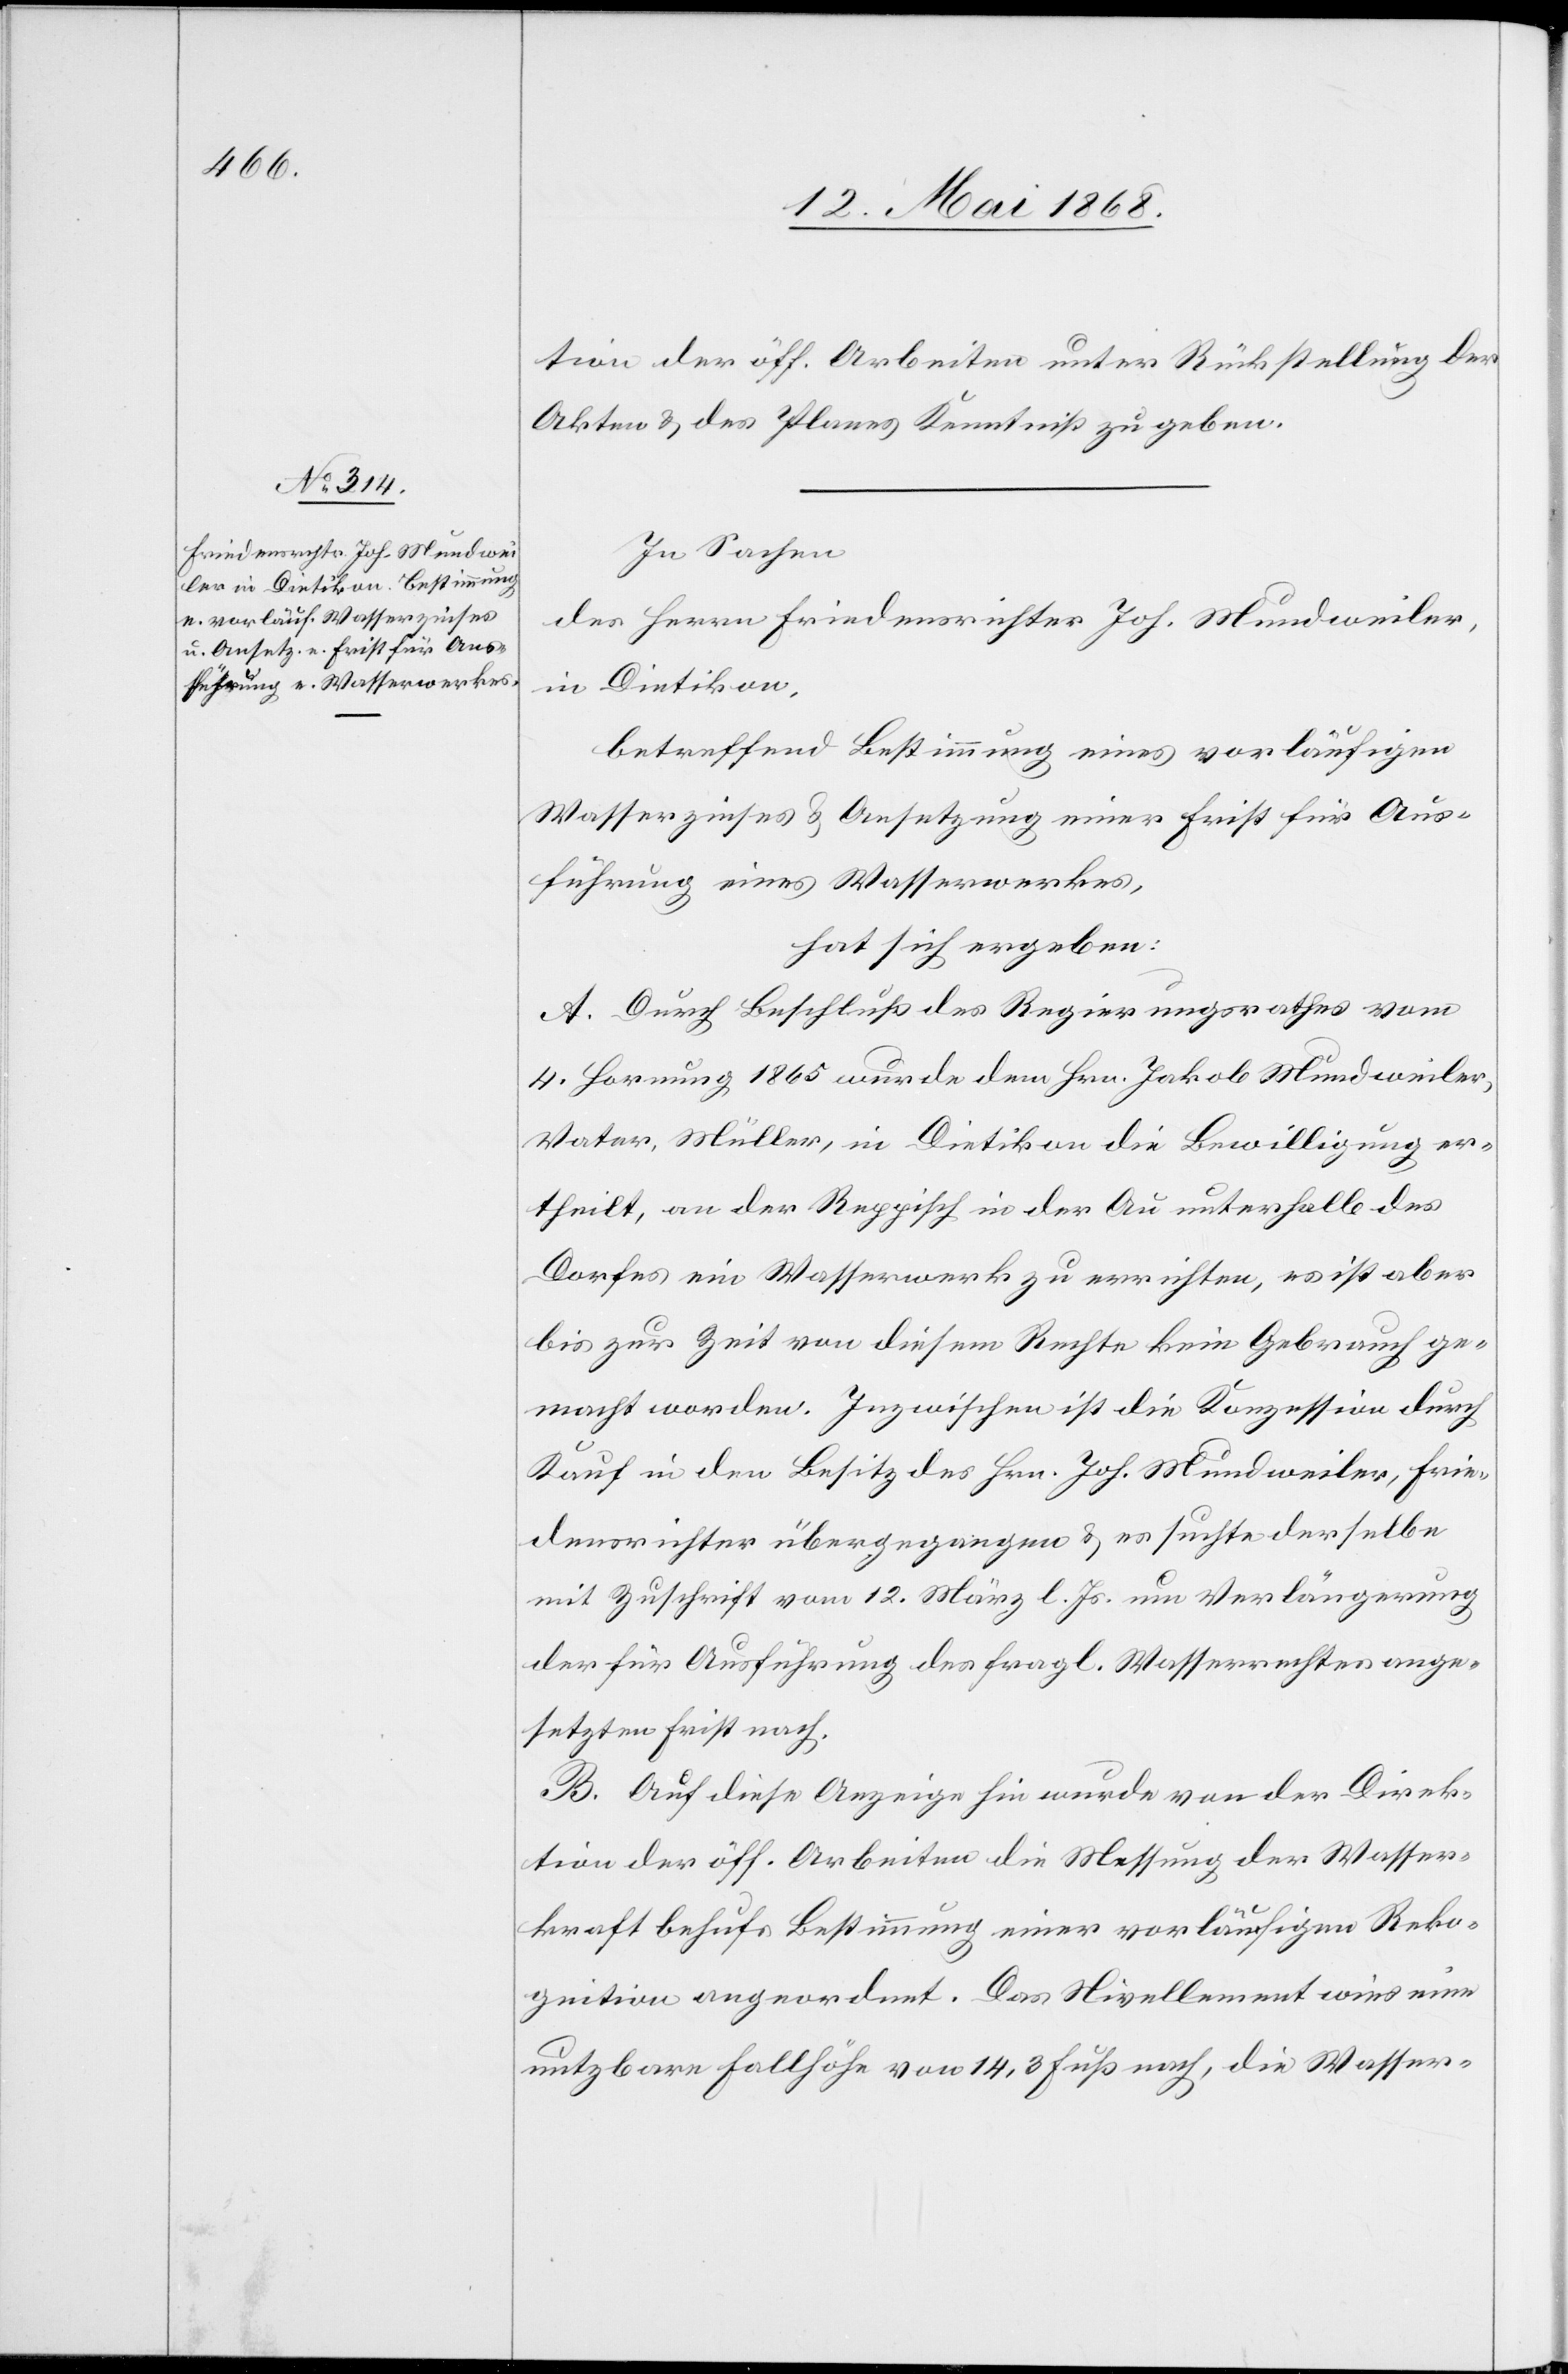
tion der öff. Arbeiten unter Rückstellung der
Akten & des Planes Kenntniß zu geben
In Sachen
des Herrn Friedensrichter Joh. Mundweiler,
in Dietikon,
betreffend Bestimmung eines vorläufigen
Wasserzinses & Ansetzung einer Frist für Aus¬
führung eines Wasserwerkes,
hat sich ergeben:
A. Durch Beschluß des Regierungsrathes vom
4. Hornung 1865 wurde dem Hrn. Jakob Mundweiler,
Vater, Müller, in Dietikon die Bewilligung er¬
theilt, an der Reppisch in der Au unterhalb des
Dorfes ein Wasserwerk zu errichten, es ist aber
bis zur Zeit von diesem Rechte kein Gebrauch ge¬
macht worden. Inzwischen ist die Konzession durch
Kauf in den Besitz des Hrn. Joh. Mundweiler, Frie¬
densrichter übergegangen & es suchte derselbe
mit Zuschrift vom 12. März l. Js. um Verlängerung
der für Ausführung des fragl. Wasserrechtes ange¬
setzten Frist nach.
B. Auf diese Anzeige hin wurde von der Direk¬
tion der öff. Arbeiten die Messung der Wasser¬
kraft behufs Bestimmung einer vorläufigen Reko¬
gnition angeordnet. Das Nivellement wies eine
nutzbare Fallhöhe von 14,3 Fuß nach, die Wasser-